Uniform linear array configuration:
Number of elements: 32
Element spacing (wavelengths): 1
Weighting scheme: cosine
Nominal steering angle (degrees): -15
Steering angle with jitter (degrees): -16.181
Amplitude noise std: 0.05
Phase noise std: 0.05

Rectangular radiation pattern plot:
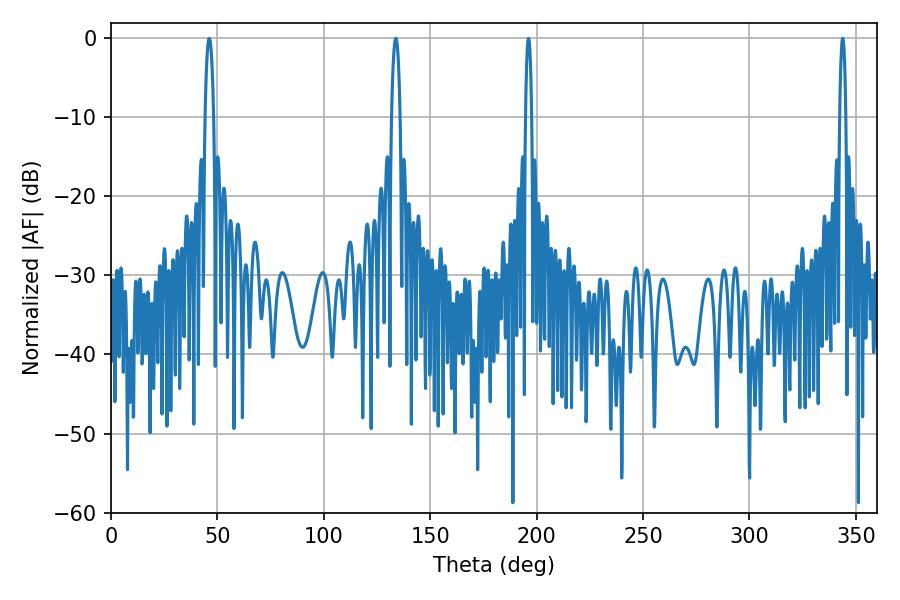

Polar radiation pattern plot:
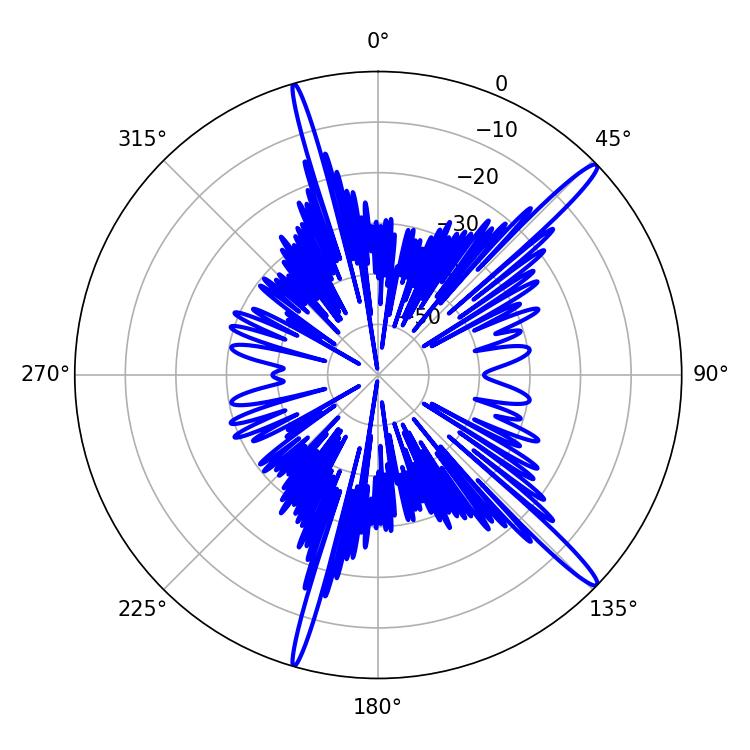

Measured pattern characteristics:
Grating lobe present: TRUE
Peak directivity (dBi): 16.271
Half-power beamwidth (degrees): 1.44
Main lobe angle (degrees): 343.8